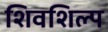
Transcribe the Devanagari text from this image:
शिवशिल्प